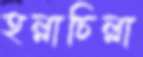
হল্লাচিল্লা